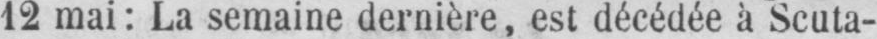
12 mai: La semaine dernière, est décédée à Scuta-